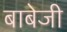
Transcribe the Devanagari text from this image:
बाबेजी